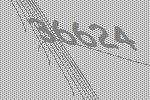
36624